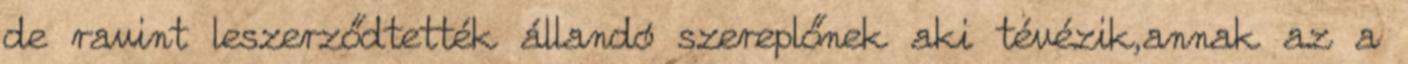
de ravint leszerződtették állandó szereplőnek aki tévézik,annak az a